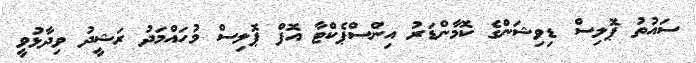
ސައުތު ޕޮލިސް ޑިވިޝަންގެ ކޮމާންޑަރު އިންސްޕެކްޓާ އޮފް ޕޮލިސް މުހައްމަދު ރަޝީދު ވިދާޅުވީ